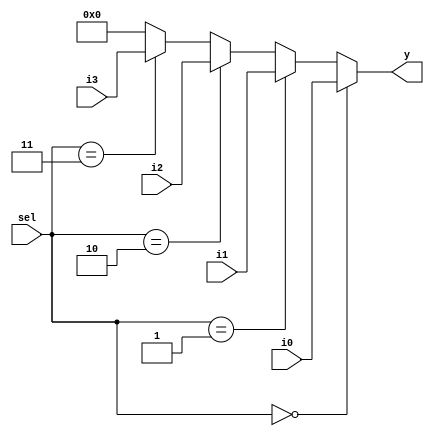
module mux4to1_32b (i0, i1,i2,i3, sel, y);
  input [31:0] i0, i1,i2,i3;
  input [1:0]sel;
  output [31:0] y;
  
  assign y = (sel==2'b00) ? i0 :
             (sel==2'b01) ? i1 :
             (sel==2'b10) ? i2 :
             (sel==2'b11) ? i3 : 32'b0;
  
endmodule